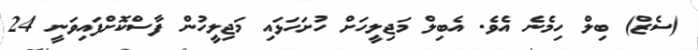
(ސެޒް) ބިލް ހިމެނެ އެވެ. އެބިލް މަޖިލީހަށް ހުށަހަޅައި މަޖިލީހުން ފާސްކޮށްފައިވަނީ 24